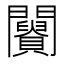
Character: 𨷪